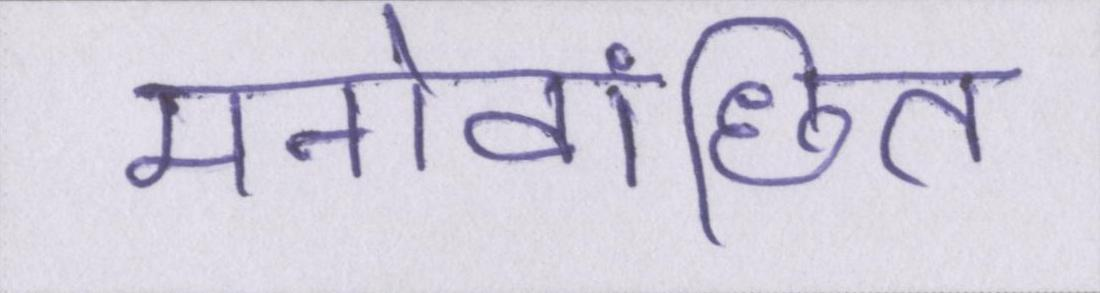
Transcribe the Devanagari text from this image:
मनोवांछित